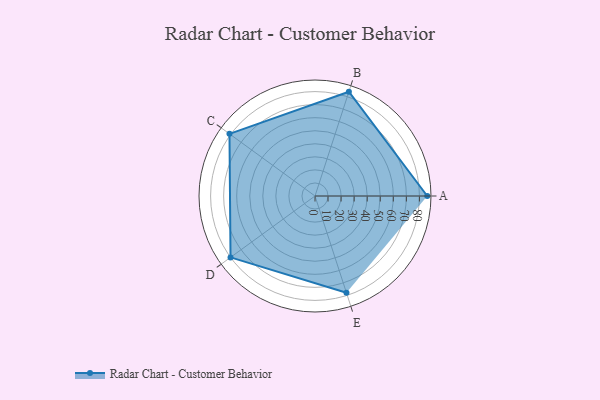
{"axis": {"x": "Skill", "y": "Score"}, "legend": ["Profile"], "data": [{"x": "A", "y": 86.0, "type": "Profile"}, {"x": "B", "y": 84.0, "type": "Profile"}, {"x": "C", "y": 81.0, "type": "Profile"}, {"x": "D", "y": 80.0, "type": "Profile"}, {"x": "E", "y": 78.0, "type": "Profile"}]}